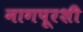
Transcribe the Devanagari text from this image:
नागपूरशी